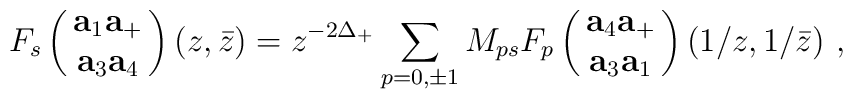
F_s\pmatrix{{\bf a}_1{\bf a}_+\cr{\bf a}_3{\bf a}_4\cr}(z,\bar z)=z^{-2\Delta_+}\sum_{p=0,\pm1}M_{ps}F_p\pmatrix{{\bf a}_4{\bf a}_+\cr{\bf a}_3{\bf a}_1\cr}(1/z,1/\bar z)~,